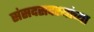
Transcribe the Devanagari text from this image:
संसदसदस्यांच्या